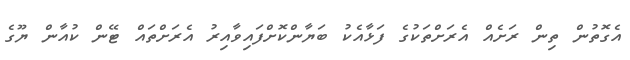
އެގޮތުން ތިން ރަށެއް އެރަށްތަކުގެ ފަޅާއެކު ބަޔާންކޮށްފައިވާއިރު އެރަށްތައް ޓޭން ކުއާން ޔޫގެ